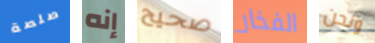
صلصة إنه صحيح الفخار ونحن